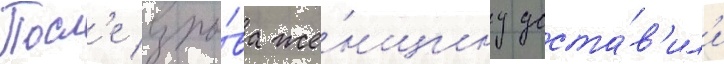
Посл'е взры́ва же́нщину доста́в'ил'и